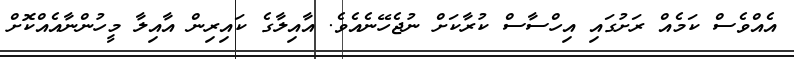
އެއްވެސް ކަމެއް ރަށުގައި އިހްސާސް ކުރާކަށް ނުޖެހޭނެއެވެ. އާއިލާގެ ކައިރިން އާއިލާ މީހުންނާއެއްކޮށް